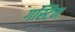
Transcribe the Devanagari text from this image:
गस्टिन